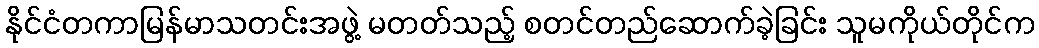
နိုင်ငံတကာမြန်မာသတင်းအဖွဲ့ မတတ်သည့် စတင်တည်ဆောက်ခဲ့ခြင်း သူမကိုယ်တိုင်က